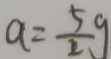
a = \frac { 5 } { 2 } g